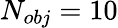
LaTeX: N_{obj}=10